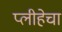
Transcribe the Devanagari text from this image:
प्लीहेचा